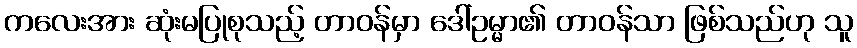
ကလေးအား ဆုံးမပြုစုသည့် တာဝန်မှာ ဒေါ်ဥမ္မာ၏ တာဝန်သာ ဖြစ်သည်ဟု သူ